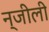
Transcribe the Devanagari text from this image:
न्जीली